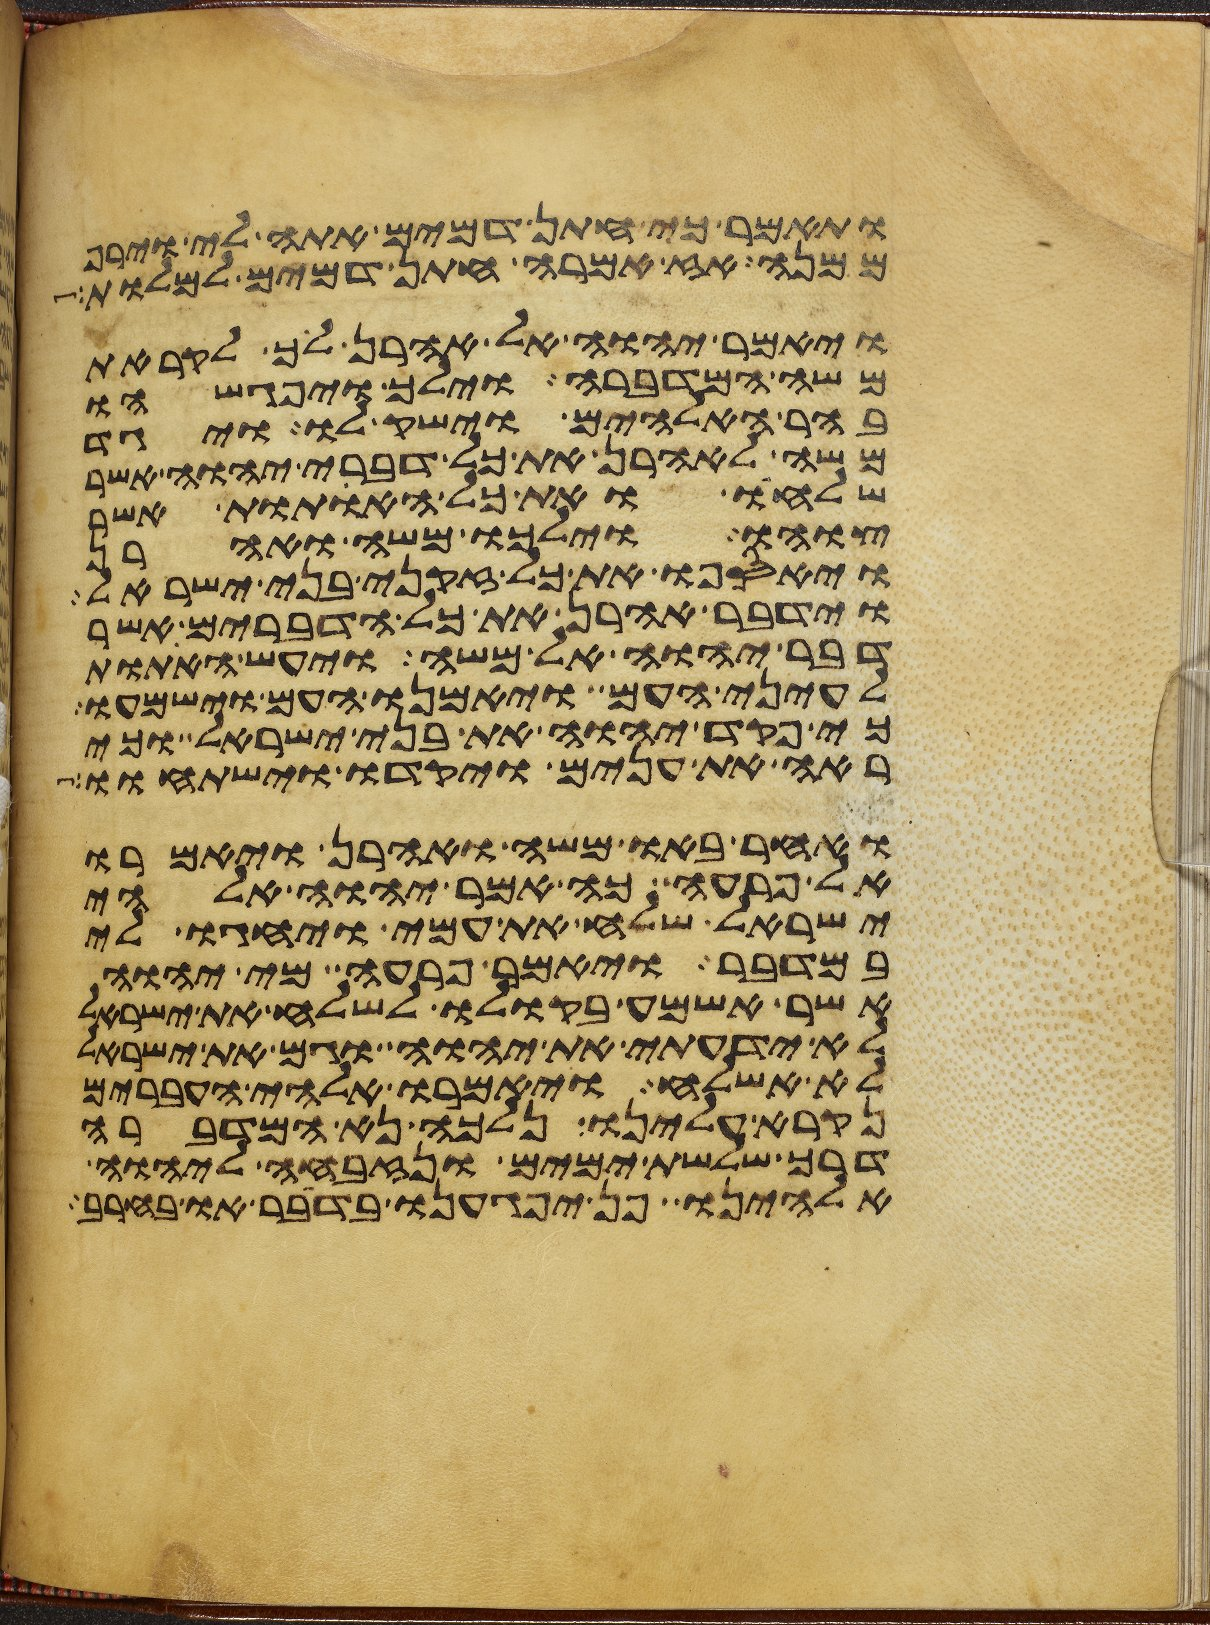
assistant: ותאמר כי חתן דמים אתה לי וירף
ממנה אז אמרה חתן דמים למלות
ויאמר יהוה אל אהרן לך לקראת
משה המדברה וילך ויפגשהו
בהר האלהים וישק לו ויגד
משה לאהרן את כל דברי יהוה אשר
שלחו ואת כל האתות אשר
צוהו וילכו משה ואהרן
ויאספו את כל זקני בני ישראל
וידבר אהרן את כל הדברים אשר
דבר יהוה אל משה ויעש האתות
לעיני העם ויאמנו העם וישמעו
כי פקד יהוה את בני ישראל וכי
ראה את ענים ויקדו וישתחוו
ואחר באו משה ואהרן ויאמרו
אל פרעה כה אמר יהוה אלהי
ישראל שלח את עמי ויחגו לי
במדבר ויאמר פרעה מי יהוה
אשר אשמע בקולו לשלח את ישראל
לא ידעתי את יהוה וגם את ישראל
לא אשלח ויאמרו אלהי העברים
נקרא עלינו נלכה נא המדברה
דרך שלשת ימים ונזבחה ליהוה
אלהינו פן יפגענו בדבר או בחרב